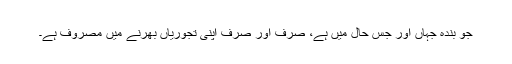
جو بندہ جہاں اور جس حال میں ہے، صرف اور صرف اپنی تجوریاں بھرنے میں مصروف ہے۔